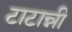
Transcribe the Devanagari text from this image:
टाटान्नी